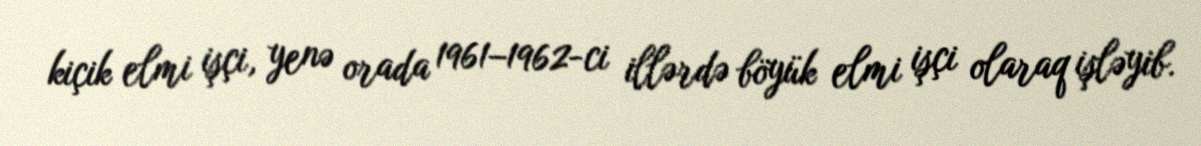
kiçik elmi işçi, yenə orada 1961–1962-ci illərdə böyük elmi işçi olaraq işləyib.